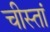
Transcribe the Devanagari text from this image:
चीस्तां